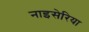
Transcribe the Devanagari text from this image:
नाइसेरिया